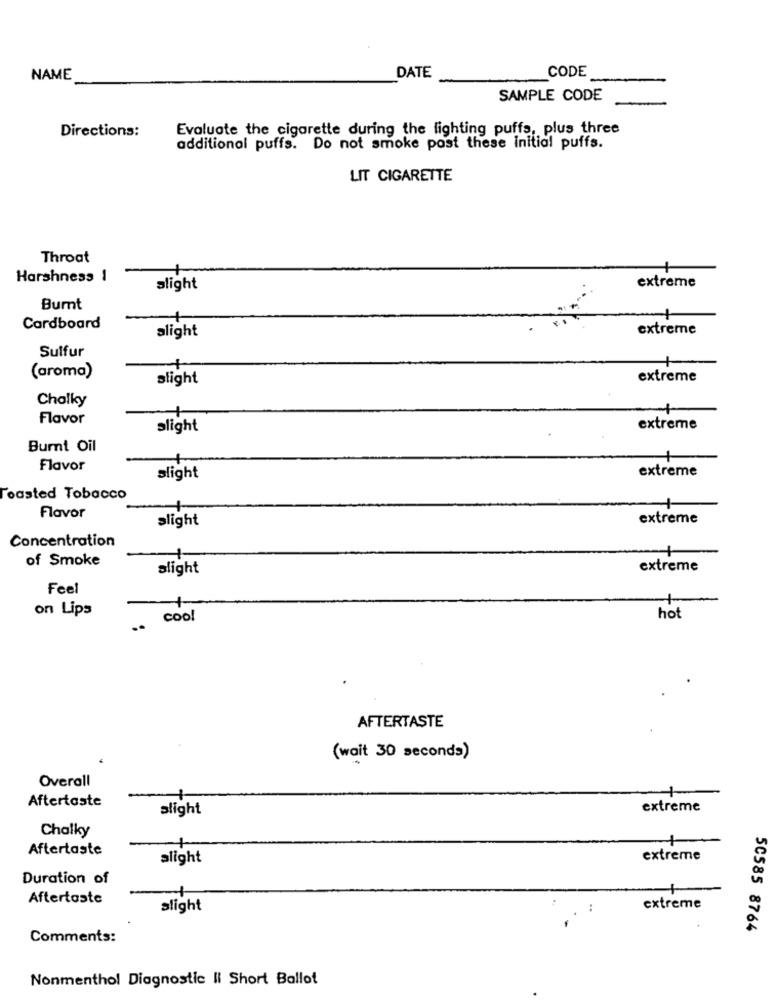
DATE
NAME
CODE
SAMPLE CODE
Evaluate the cigarette during the lighting puffs, plus three
Directions:
additional puffs. Do not smoke past these initial puffs.
LIT CIGARETTE
Throat
Harshness 1
extreme
alight
Bumt
Cardboard
alight
extreme
Sulfur
(aroma)
slight
extreme
Cholky
Flavor
alight
extreme
Burt Oil
Flavor
extreme
slight
oasted Tobacco
Flavor
slight
extreme
Concentration
of Smoke
alight
extreme
Feel
on Lips
cool
hot
AFTERTASTE
(wait 30 seconds)
Overall
Aftertaste
alight
extreme
Chalky
Aftertaste
alight
extreme
Duration of
Aftertaste
slight
extreme
50585 8764
Comments:
Nonmenthol Diagnostic Il Short Ballot